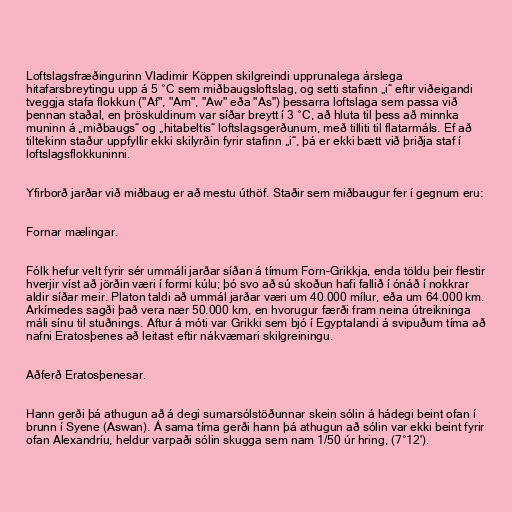
Loftslagsfræðingurinn Vladimir Köppen skilgreindi upprunalega árslega
hitafarsbreytingu upp á 5 °C sem miðbaugsloftslag, og setti stafinn „i“ eftir viðeigandi
tveggja stafa flokkun ("Af", "Am", "Aw" eða "As") þessarra loftslaga sem passa við
þennan staðal, en þröskuldinum var síðar breytt í 3 °C, að hluta til þess að minnka
muninn á „miðbaugs“ og „hitabeltis“ loftslagsgerðunum, með tilliti til flatarmáls. Ef að
tiltekinn staður uppfyllir ekki skilyrðin fyrir stafinn „i“, þá er ekki bætt við þriðja staf í
loftslagsflokkuninni.

Yfirborð jarðar við miðbaug er að mestu úthöf. Staðir sem miðbaugur fer í gegnum eru:

Fornar mælingar.

Fólk hefur velt fyrir sér ummáli jarðar síðan á tímum Forn-Grikkja, enda töldu þeir flestir
hverjir víst að jörðin væri í formi kúlu; þó svo að sú skoðun hafi fallið í ónáð í nokkrar
aldir síðar meir. Platon taldi að ummál jarðar væri um 40.000 mílur, eða um 64.000 km.
Arkímedes sagði það vera nær 50.000 km, en hvorugur færði fram neina útreikninga
máli sínu til stuðnings. Aftur á móti var Grikki sem bjó í Egyptalandi á svipuðum tíma að
nafni Eratosþenes að leitast eftir nákvæmari skilgreiningu.

Aðferð Eratosþenesar.

Hann gerði þá athugun að á degi sumarsólstöðunnar skein sólin á hádegi beint ofan í
brunn í Syene (Aswan). Á sama tíma gerði hann þá athugun að sólin var ekki beint fyrir
ofan Alexandríu, heldur varpaði sólin skugga sem nam 1/50 úr hring, (7°12').